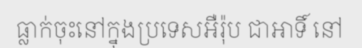
ធ្លាក់ចុះនៅក្នុងប្រទេសអឺរ៉ុប ជាអាទិ៍ នៅ